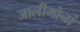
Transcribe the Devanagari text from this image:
जालीमोनां